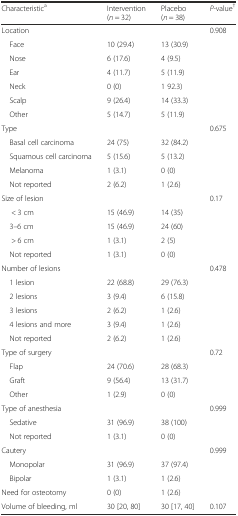
<table><thead><tr><td><b>Characteristic<sup>a</sup></b></td><td><b>Intervention (<i>n</i> = 32)</b></td><td><b>Placebo (<i>n</i> = 38)</b></td><td><b><i>P</i>-value<sup>†</sup></b></td></tr></thead><tbody><tr><td>Location</td><td></td><td></td><td>0.908</td></tr><tr><td> Face</td><td>10 (29.4)</td><td>13 (30.9)</td><td></td></tr><tr><td> Nose</td><td>6 (17.6)</td><td>4 (9.5)</td><td></td></tr><tr><td> Ear</td><td>4 (11.7)</td><td>5 (11.9)</td><td></td></tr><tr><td> Neck</td><td>0 (0)</td><td>1 92.3)</td><td></td></tr><tr><td> Scalp</td><td>9 (26.4)</td><td>14 (33.3)</td><td></td></tr><tr><td> Other</td><td>5 (14.7)</td><td>5 (11.9)</td><td></td></tr><tr><td>Type</td><td></td><td></td><td>0.675</td></tr><tr><td> Basal cell carcinoma</td><td>24 (75)</td><td>32 (84.2)</td><td></td></tr><tr><td> Squamous cell carcinoma</td><td>5 (15.6)</td><td>5 (13.2)</td><td></td></tr><tr><td> Melanoma</td><td>1 (3.1)</td><td>0 (0)</td><td></td></tr><tr><td> Not reported</td><td>2 (6.2)</td><td>1 (2.6)</td><td></td></tr><tr><td>Size of lesion</td><td></td><td></td><td>0.17</td></tr><tr><td>&lt; 3 cm</td><td>15 (46.9)</td><td>14 (35)</td><td></td></tr><tr><td> 3–6 cm</td><td>15 (46.9)</td><td>24 (60)</td><td></td></tr><tr><td>&gt; 6 cm</td><td>1 (3.1)</td><td>2 (5)</td><td></td></tr><tr><td> Not reported</td><td>1 (3.1)</td><td>0 (0)</td><td></td></tr><tr><td>Number of lesions</td><td></td><td></td><td>0.478</td></tr><tr><td> 1 lesion</td><td>22 (68.8)</td><td>29 (76.3)</td><td></td></tr><tr><td> 2 lesions</td><td>3 (9.4)</td><td>6 (15.8)</td><td></td></tr><tr><td> 3 lesions</td><td>2 (6.2)</td><td>1 (2.6)</td><td></td></tr><tr><td> 4 lesions and more</td><td>3 (9.4)</td><td>1 (2.6)</td><td></td></tr><tr><td> Not reported</td><td>2 (6.2)</td><td>1 (2.6)</td><td></td></tr><tr><td>Type of surgery</td><td></td><td></td><td>0.72</td></tr><tr><td> Flap</td><td>24 (70.6)</td><td>28 (68.3)</td><td></td></tr><tr><td> Graft</td><td>9 (56.4)</td><td>13 (31.7)</td><td></td></tr><tr><td> Other</td><td>1 (2.9)</td><td>0 (0)</td><td></td></tr><tr><td>Type of anesthesia</td><td></td><td></td><td>0.999</td></tr><tr><td> Sedative</td><td>31 (96.9)</td><td>38 (100)</td><td></td></tr><tr><td> Not reported</td><td>1 (3.1)</td><td>0 (0)</td><td></td></tr><tr><td>Cautery</td><td></td><td></td><td>0.999</td></tr><tr><td> Monopolar</td><td>31 (96.9)</td><td>37 (97.4)</td><td></td></tr><tr><td> Bipolar</td><td>1 (3.1)</td><td>1 (2.6)</td><td></td></tr><tr><td>Need for osteotomy</td><td>0 (0)</td><td>1 (2.6)</td><td></td></tr><tr><td>Volume of bleeding, ml</td><td>30 [20, 80]</td><td>30 [17, 40]</td><td>0.107</td></tr></tbody></table>